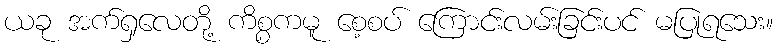
ယခု အက်ရှလေတို့ ကိစ္စကမူ စေ့စပ် ကြောင်းလမ်းခြင်းပင် မပြုရသေး။